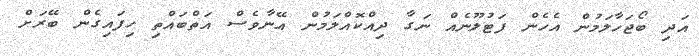
އަދި ބޯޖަހާލަމުން އެހެން ފަޓުލޫނެއް ނަގާ ދިއްކޮއްލަމުން އޭނާވެސް އަތްބައްތި ހިފައިގެން ބޭރަށް